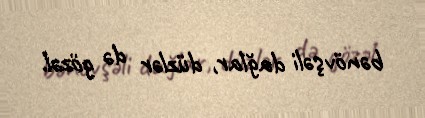
bənövşəli dağlar, düzlər də gözəl.